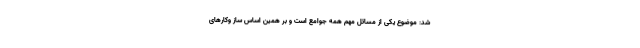
شد: موضوع یکی از مسائل مهم همه جوامع است و بر همین اساس ساز وکارهای